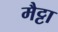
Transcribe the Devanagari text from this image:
मैट्टा